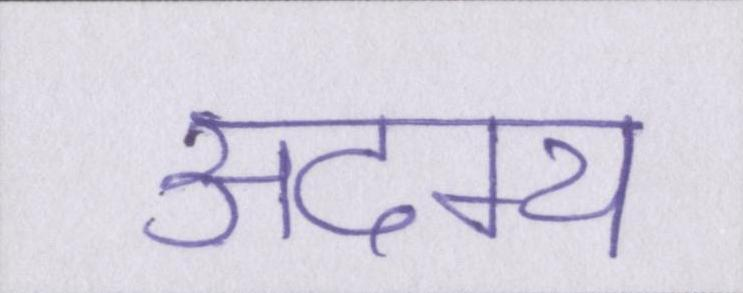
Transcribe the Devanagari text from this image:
अदम्य